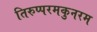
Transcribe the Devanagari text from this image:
तिरुप्परमकुनरम